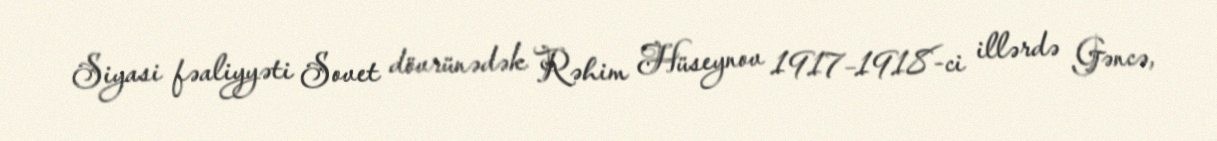
Siyasi fəaliyyəti Sovet dövrünədək Rəhim Hüseynov 1917–1918-ci illərdə Gəncə,